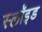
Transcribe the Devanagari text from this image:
स्लॉइड